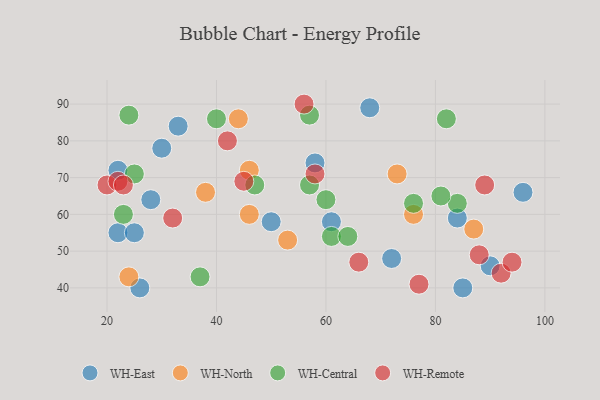
{"axis": {"x": "GDP", "y": "Life Expectancy"}, "legend": ["WH-Central", "WH-East", "WH-North", "WH-Remote"], "data": [{"x": "58", "y": 74, "type": "WH-East"}, {"x": "22", "y": 55, "type": "WH-East"}, {"x": "61", "y": 58, "type": "WH-East"}, {"x": "25", "y": 55, "type": "WH-East"}, {"x": "90", "y": 46, "type": "WH-East"}, {"x": "84", "y": 59, "type": "WH-East"}, {"x": "68", "y": 89, "type": "WH-East"}, {"x": "96", "y": 66, "type": "WH-East"}, {"x": "26", "y": 40, "type": "WH-East"}, {"x": "30", "y": 78, "type": "WH-East"}, {"x": "33", "y": 84, "type": "WH-East"}, {"x": "85", "y": 40, "type": "WH-East"}, {"x": "22", "y": 72, "type": "WH-East"}, {"x": "72", "y": 48, "type": "WH-East"}, {"x": "28", "y": 64, "type": "WH-East"}, {"x": "50", "y": 58, "type": "WH-East"}, {"x": "46", "y": 72, "type": "WH-North"}, {"x": "73", "y": 71, "type": "WH-North"}, {"x": "53", "y": 53, "type": "WH-North"}, {"x": "76", "y": 60, "type": "WH-North"}, {"x": "44", "y": 86, "type": "WH-North"}, {"x": "87", "y": 56, "type": "WH-North"}, {"x": "46", "y": 60, "type": "WH-North"}, {"x": "24", "y": 43, "type": "WH-North"}, {"x": "38", "y": 66, "type": "WH-North"}, {"x": "76", "y": 63, "type": "WH-Central"}, {"x": "57", "y": 68, "type": "WH-Central"}, {"x": "24", "y": 87, "type": "WH-Central"}, {"x": "37", "y": 43, "type": "WH-Central"}, {"x": "61", "y": 54, "type": "WH-Central"}, {"x": "84", "y": 63, "type": "WH-Central"}, {"x": "81", "y": 65, "type": "WH-Central"}, {"x": "82", "y": 86, "type": "WH-Central"}, {"x": "40", "y": 86, "type": "WH-Central"}, {"x": "64", "y": 54, "type": "WH-Central"}, {"x": "25", "y": 71, "type": "WH-Central"}, {"x": "47", "y": 68, "type": "WH-Central"}, {"x": "23", "y": 60, "type": "WH-Central"}, {"x": "57", "y": 87, "type": "WH-Central"}, {"x": "60", "y": 64, "type": "WH-Central"}, {"x": "92", "y": 44, "type": "WH-Remote"}, {"x": "77", "y": 41, "type": "WH-Remote"}, {"x": "32", "y": 59, "type": "WH-Remote"}, {"x": "20", "y": 68, "type": "WH-Remote"}, {"x": "45", "y": 69, "type": "WH-Remote"}, {"x": "56", "y": 90, "type": "WH-Remote"}, {"x": "88", "y": 49, "type": "WH-Remote"}, {"x": "22", "y": 69, "type": "WH-Remote"}, {"x": "58", "y": 71, "type": "WH-Remote"}, {"x": "23", "y": 68, "type": "WH-Remote"}, {"x": "94", "y": 47, "type": "WH-Remote"}, {"x": "42", "y": 80, "type": "WH-Remote"}, {"x": "66", "y": 47, "type": "WH-Remote"}, {"x": "89", "y": 68, "type": "WH-Remote"}]}